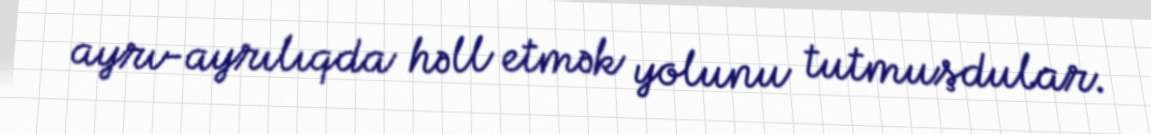
ayrı-ayrılıqda həll etmək yolunu tutmuşdular.